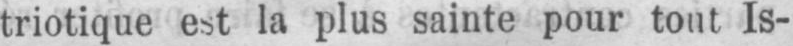
la plus sainte pour tout Is-